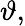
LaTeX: \vartheta,